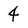
Character: 4